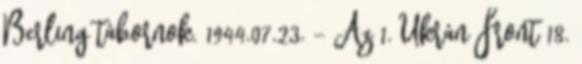
Berling tábornok. 1944.07.23. - Az 1. Ukrán Front 18.